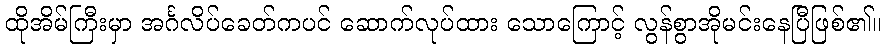
ထိုအိမ်ကြီးမှာ အင်္ဂလိပ်ခေတ်ကပင် ဆောက်လုပ်ထား သောကြောင့် လွန်စွာအိုမင်းနေပြီဖြစ်၏။